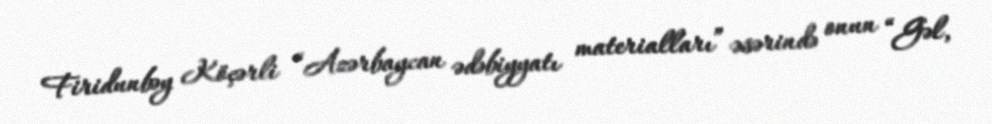
Firidunbəy Köçərli “Azərbaycan ədəbiyyatı materialları” əsərində onun “Gəl,